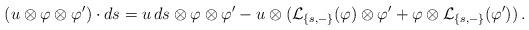
LaTeX: \begin{align*} (u \otimes \varphi \otimes \varphi')\cdot ds = u\,ds \otimes \varphi \otimes \varphi' - u\otimes (\mathcal L_{\{s,-\}}(\varphi)\otimes \varphi'+ \varphi \otimes \mathcal L_{\{s,-\}}(\varphi'))\,. \end{align*}